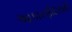
આકારણીદારોથી